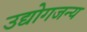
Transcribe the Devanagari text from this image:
उद्योगजन्य